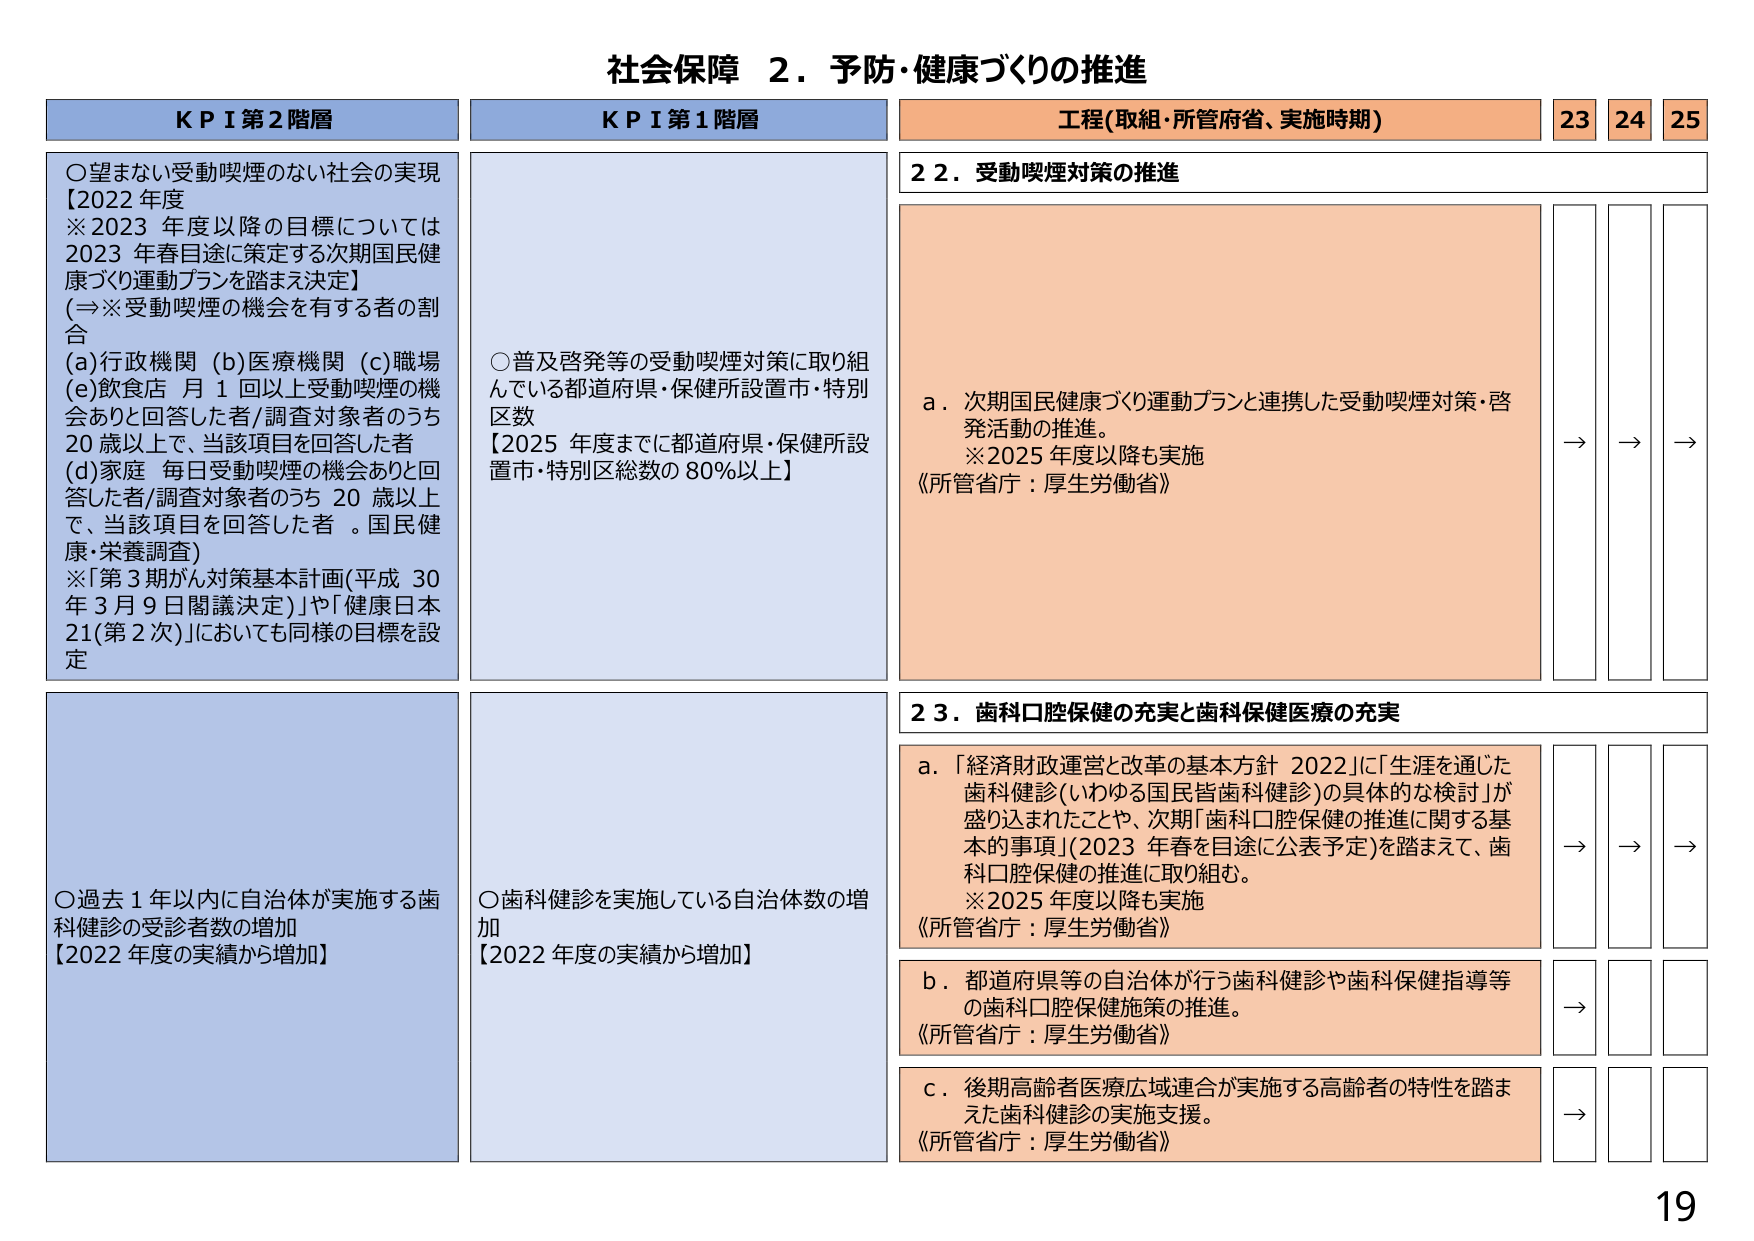
社会保障 ２．予防・健康づくりの推進

KPI 第2階層
○望まない受動喫煙のない社会の実現
【2022年度
※2023年度以降の目標については
2023年春目途に策定する次期国民健康づくり運動プランを踏まえ決定】
(⇒※受動喫煙の機会を有する者の割合
(a)行政機関 (b)医療機関 (c)職場
(e)飲食店 月1回以上受動喫煙の機会ありと回答した者/調査対象者のうち
20歳以上で、当該項目を回答した者
(d)家庭 毎日受動喫煙の機会ありと回答した者/調査対象者のうち20歳以上で、当該項目を回答した者。国民健康・栄養調査)
※「第3期がん対策基本計画(平成30年3月9日閣議決定)」や「健康日本21(第2次)」においても同様の目標を設定

KPI 第1階層
○普及啓発等の受動喫煙対策に取り組んでいる都道府県・保健所設置市・特別区数
【2025年度までに都道府県・保健所設置市・特別区総数の80％以上】

工程(取組・所管府省、実施時期)
23 24 25

22．受動喫煙対策の推進
a．次期国民健康づくり運動プランと連携した受動喫煙対策・啓発活動の推進。
※2025年度以降も実施
《所管省庁：厚生労働省》
→ → →

23．歯科口腔保健の充実と歯科保健医療の充実
a．「経済財政運営と改革の基本方針2022」に「生涯を通じた歯科健診(いわゆる国民皆歯科健診)の具体的な検討」が盛り込まれたことや、次期「歯科口腔保健の推進に関する基本的事項」(2023年春を目途に公表予定)を踏まえて、歯科口腔保健の推進に取り組む。
※2025年度以降も実施
《所管省庁：厚生労働省》
→ → →

b．都道府県等の自治体が行う歯科健診や歯科保健指導等の歯科口腔保健施策の推進。
《所管省庁：厚生労働省》
→

c．後期高齢者医療広域連合が実施する高齢者の特性を踏まえた歯科健診の実施支援。
《所管省庁：厚生労働省》
→

○過去1年以内に自治体が実施する歯科健診の受診者数の増加
【2022年度の実績から増加】

○歯科健診を実施している自治体数の増加
【2022年度の実績から増加】

19